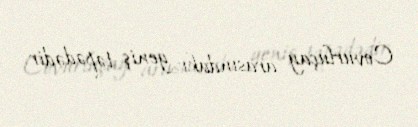
Covurluçay arasındakı geniş təpədədir.